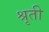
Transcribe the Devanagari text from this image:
श्रृती